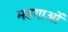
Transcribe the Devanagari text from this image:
मडगाओं